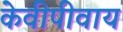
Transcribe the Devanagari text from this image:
केवीपीवाय